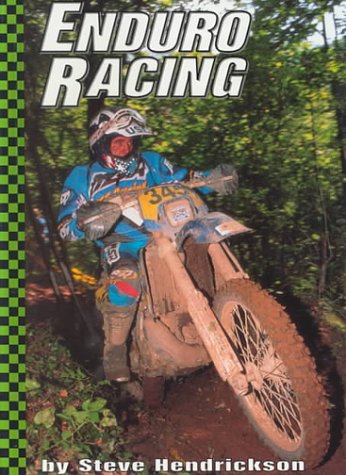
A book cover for Enduro Racing (Motorcycles); Steve Hedrickson; Children's Books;